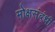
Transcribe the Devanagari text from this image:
मोक्षसंबंधी